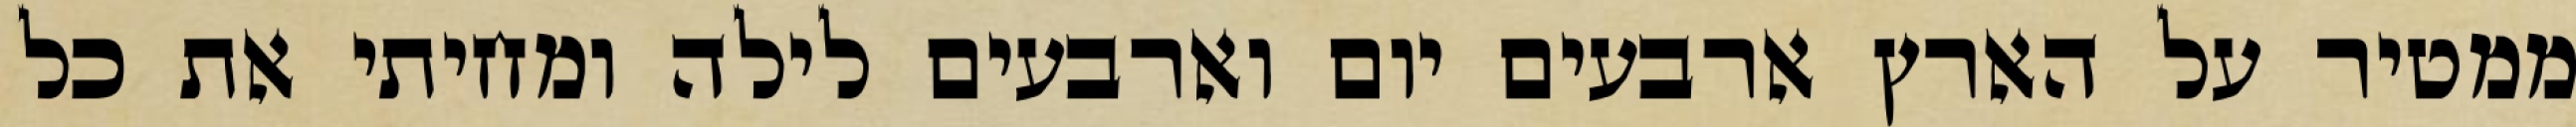
ממטיר על הארץ ארבעים יום וארבעים לילה ומחיתי את כל